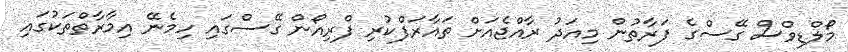
މޯލްޑިވްސް ގޭސްގެ ފަރާތުން މިއަދު ރާއްޖެއަށް ތައާރަފްކުރި ފްރިއޯން ގޭސްގައި ހިމެނޭ އިމާރާތްތަކުގައި